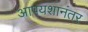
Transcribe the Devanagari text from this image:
आपयशानंतर